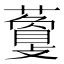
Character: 𧁰